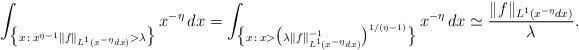
LaTeX: \begin{align*} \int_{\big\{x \,:\, x^{\eta - 1} \| f \|_{L^1 (x^{-\eta} dx)} > \lambda \big\}} x^{-\eta} \, dx=\int_{\big\{x \,:\, x > \big(\lambda \| f \|_{L^1 (x^{-\eta} dx)}^{-1} \big)^{1/(\eta - 1)} \big\}} x^{-\eta} \, dx\simeq\frac{ \| f \|_{L^1 (x^{-\eta} dx)}}{\lambda}.\end{align*}